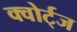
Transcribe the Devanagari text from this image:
क्वोर्ट्‌ज